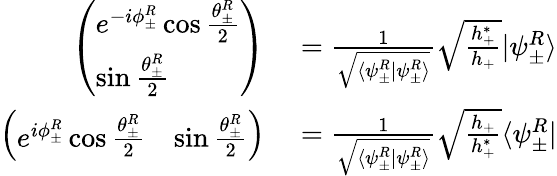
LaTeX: \begin{array}{rl}{\left(\begin{array}{l}{e^{-i\phi_{\pm}^{R}}\cos\frac{\theta_{\pm}^{R}}{2}}\\ {\sin\frac{\theta_{\pm}^{R}}{2}}\end{array}\right)}&{{}=\frac{1}{\sqrt{\langle\psi_{\pm}^{R}|\psi_{\pm}^{R}\rangle}}\sqrt{\frac{h_{+}^{*}}{h_{+}}}|\psi_{\pm}^{R}\rangle}\\ {\left(\begin{array}{ll}{e^{i\phi_{\pm}^{R}}\cos\frac{\theta_{\pm}^{R}}{2}}&{\sin\frac{\theta_{\pm}^{R}}{2}}\end{array}\right)}&{{}=\frac{1}{\sqrt{\langle\psi_{\pm}^{R}|\psi_{\pm}^{R}\rangle}}\sqrt{\frac{h_{+}}{h_{+}^{*}}}\langle\psi_{\pm}^{R}|}\end{array}